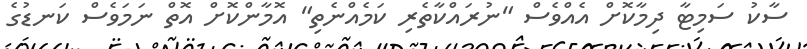
ސާކު ސަމިޓާ ދިމާކޮށް އެއްވެސް "ނުރައްކާތެރި ކަމެއްނެތި" އޮމާންކޮށް އޮތް ނަމަވެސް ކަނޑުގެ